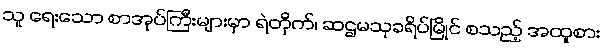
သူ ရေးသော စာအုပ်ကြီးများမှာ ရဲတိုက်၊ ဆဌမသုခရိပ်မြိုင် စသည့် အထူစား